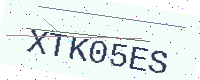
Text: XTK05ES